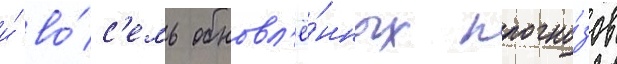
и́ во́с'емь обновл'ё́нных прогно́зов